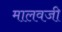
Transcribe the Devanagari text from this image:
मालवजी